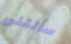
سألتنى